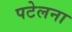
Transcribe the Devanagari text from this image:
पटेलना